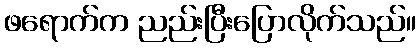
ဖရောက်က ညည်းပြီးပြောလိုက်သည်။